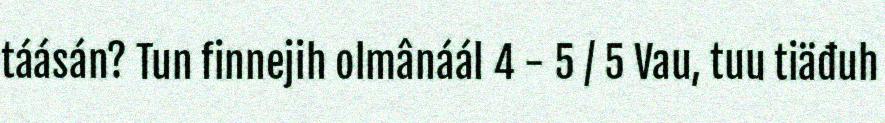
táásán? Tun finnejih olmânáál 4 - 5 / 5 Vau, tuu tiäđuh